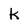
Character: k